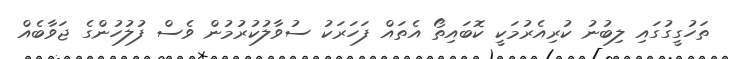
ތަހުގީގުގައި ލިބުނު ކުރިއެރުމަކީ ކޮބައިތޯ އެތައް ފަހަރަކު ސުވާލުކުރުމުން ވެސް ފުލުހުންގެ ޖަވާބެއް